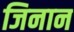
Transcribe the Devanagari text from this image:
जिनान